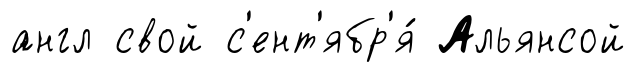
англ свой с'ент'ябр'я́ Альянсой